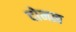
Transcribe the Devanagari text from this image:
दोनत्व